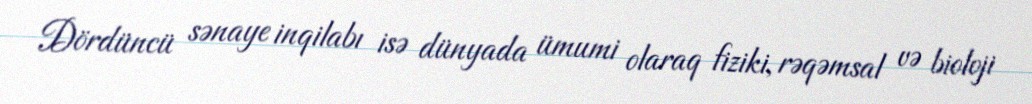
Dördüncü sənaye inqilabı isə dünyada ümumi olaraq fiziki, rəqəmsal və bioloji